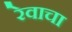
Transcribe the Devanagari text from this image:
रेवाचा